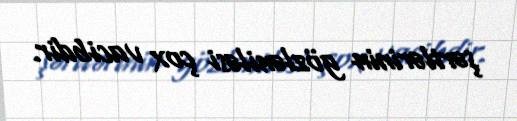
şərtlərinin gözləniləsi çox vacibdir.